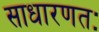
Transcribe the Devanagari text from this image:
साधारणतः